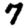
Digit: 7